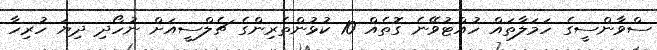
ސްވާންސީގެ ހަމަލާތައް ހުއްޓުވޭނެ ގޮތެއް 10 ކުޅުންތެރިންގެ ޗެލްސީއަށް ނުހޯދި ދިޔަ ހުރިހާ